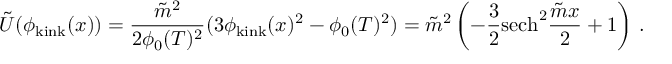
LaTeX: \tilde { U } ( \phi _ { \mathrm { k i n k } } ( x ) ) = \frac { \tilde { m } ^ { 2 } } { 2 \phi _ { 0 } ( T ) ^ { 2 } } ( 3 \phi _ { \mathrm { k i n k } } ( x ) ^ { 2 } - \phi _ { 0 } ( T ) ^ { 2 } ) = \tilde { m } ^ { 2 } \left( - \frac { 3 } { 2 } \mathrm { s e c h } ^ { 2 } \frac { \tilde { m } x } { 2 } + 1 \right) \, .